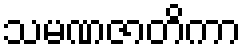
သမဏဇာတိကာ